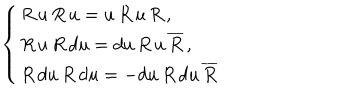
\left\{ \begin{array} { l } { { R \, u \, R \, u = u \, R \, u \, R \, , } } \\ { { R \, u \, R \, d u = d u \, R \, u \, \overline { { { R } } } \, , } } \\ { { R \, d u \, R \, d u = - d u \, R \, d u \, \overline { { { R } } } } } \\ \end{array} \right.